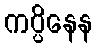
ကပ္ပိနေန